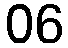
06